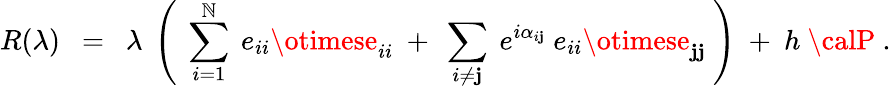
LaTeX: R(\lambda)~~=~~\lambda~\left(~\sum_{i=1}^{\mathbb{N}}~e_{ii}\otimese_{ii}~+~\sum_{i\neq\mathbf{j}}~e^{i\alpha_{i\mathbf{j}}}~e_{ii}\otimese_{\mathbf{j}\mathbf{j}}~\right)~+~h~{\calP}~.